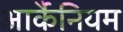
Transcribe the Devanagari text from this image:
आर्कैनियम